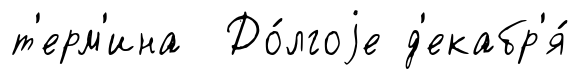
т'ерм'ина До́лгоjе д'екабр'я́